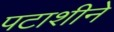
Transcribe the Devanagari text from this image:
पटाशीने